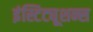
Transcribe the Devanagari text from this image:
इंस्टिट्यूशन्स